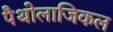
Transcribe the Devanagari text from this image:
पैथोलाजिकल